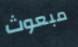
مبعوث